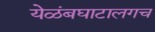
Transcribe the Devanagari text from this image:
येळंबघाटालगच